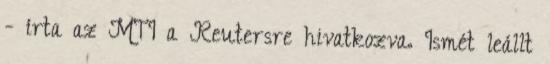
- írta az MTI a Reutersre hivatkozva. Ismét leállt